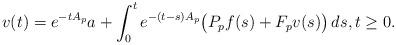
LaTeX: \begin{align*} v(t) = e^{-tA_p}a + \int_0^t e^{-(t-s)A_p} \big( P_pf(s) + F_pv(s) \big)\,ds, t\ge0.\end{align*}